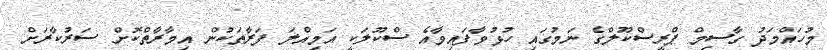
މުހައްމަދު ގާސިމް ޕްރީސްކޫލްގެ ނަމުގައި ހުޅުވާފައިވާއެ ސްކޫލަކީ އަމިއްލަ ފަރާތަކުން އިމާރާތްކޮށް ސަރުކާރަށް